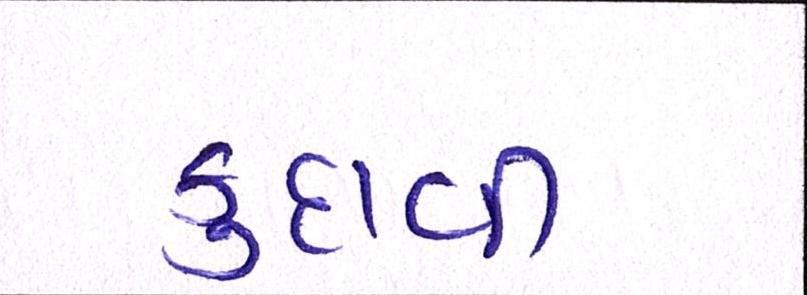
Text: કુદાવી